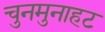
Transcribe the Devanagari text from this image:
चुनमुनाहट